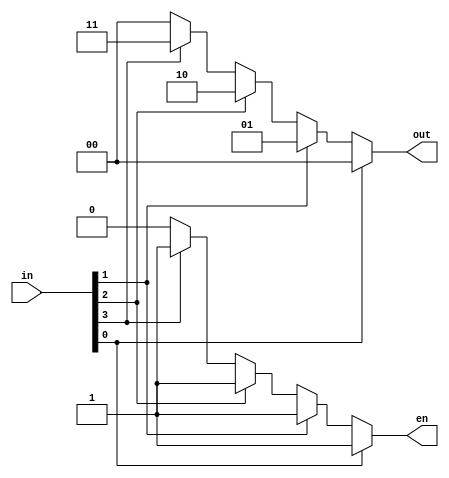
module search_begin #(
		      parameter ENTSEL = 2,
		      parameter ENTNUM = 4
		     )
  (
   input wire [ENTNUM-1:0] in,
   output reg [ENTSEL-1:0] out,
   output reg 		   en
   );

   integer 		   i;
   always @ (*) begin
      out = 0;
      en = 0;
      for (i = ENTNUM-1; i >= 0 ; i = i - 1) begin
	 if (in[i]) begin
	    out = i;
	    en = 1;
	 end
      end
   end
   
endmodule